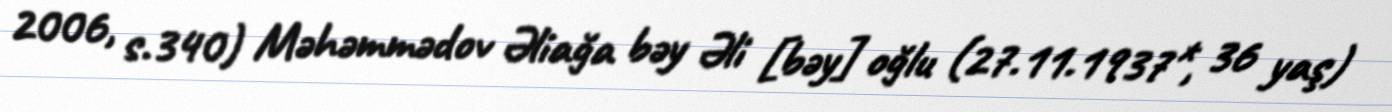
2006, s.340) Məhəmmədov Əliağa bəy Əli [bəy] oğlu (27.11.1937*, 36 yaş)